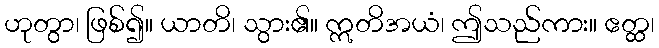
ဟုတွာ၊ ဖြစ်၍။ ယာတိ၊ သွား၏။ ဣတိအယံ၊ ဤသည်ကား။ ဧတ္ထ၊